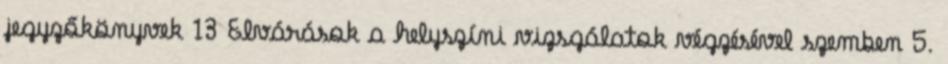
jegyzőkönyvek 13 Elvárások a helyszíni vizsgálatok végzésével szemben 5.